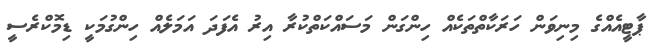
ޕާޓީއެއްގެ މިނިވަން ހަރަކާތްތަކެއް ހިންގަން މަސައްކަތްކުރާ އިރު އެފަދަ އަމަލެއް ހިންގުމަކީ ޑިމޮކްރެސީ